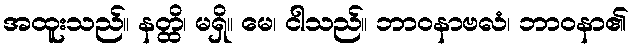
အထူးသည်။ နတ္ထိ၊ မရှိ။ မေ၊ ငါသည်။ ဘာဝနာဗလံ၊ ဘာဝနာ၏